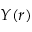
Y ( r )